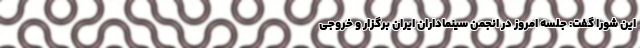
این شورا گفت: جلسه امروز در انجمن سینماداران ایران برگزار و خروجی